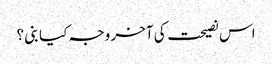
اس نصیحت کی آخر وجہ کیا بنی ؟